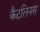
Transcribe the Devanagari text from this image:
कैटलिनस